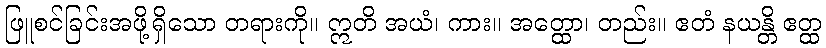
ဖြူစင်ခြင်းအဖို့ရှိသော တရားကို။ ဣတိ အယံ၊ ကား။ အတ္ထော၊ တည်း။ ဧတံ နယန္တိ ဧတ္ထ